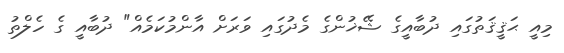
މިއީ ޙަޤީޤަތުގައި ދުބާއީގެ ޝޭޚުންގެ މެދުގައި ވަރަށް އާންމުކަމެއް" ދުބާއީ ގެ ހެލްތު